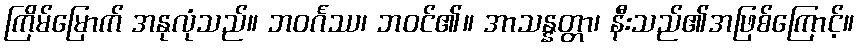
ကြိမ်မြောက် အနုလုံသည်။ ဘဝင်္ဂဿ၊ ဘဝင်၏။ အာသန္နတ္တာ၊ နီးသည်၏အဖြစ်ကြောင့်။